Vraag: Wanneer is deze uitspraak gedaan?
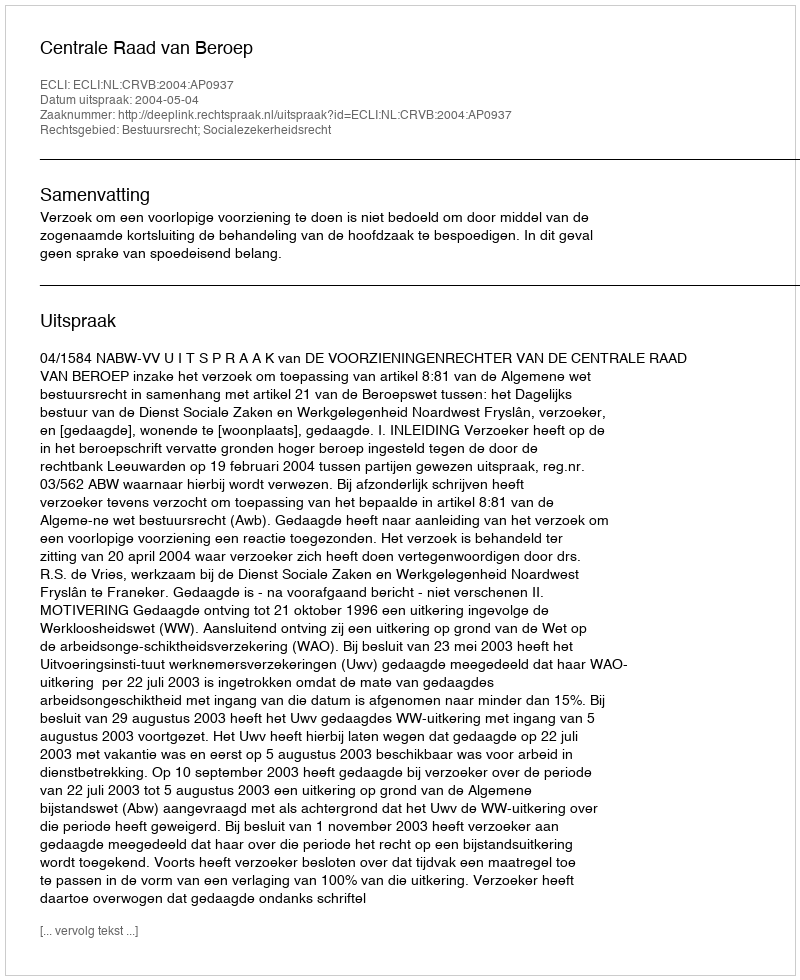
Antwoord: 2004-05-04